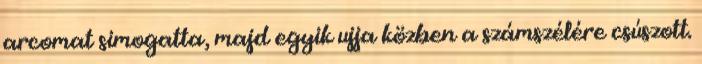
arcomat simogatta, majd egyik ujja közben a számszélére csúszott.